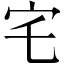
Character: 宅